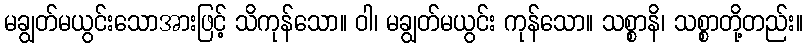
မချွတ်မယွင်းသောအားဖြင့် သိကုန်သော။ ဝါ၊ မချွတ်မယွင်း ကုန်သော။ သစ္စာနိ၊ သစ္စာတို့တည်း။